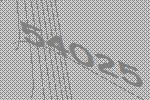
54025